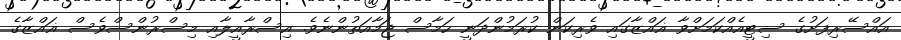
އައްސޭރިފަށުގެ ސިޓީއެއްކަމަށްވާ ޣައްޒާގައި ވެރިކަން ކުރަމުންދަނީ ހަމާސް ޖަމާއަތުންނެވެ. އިސްރާއީލާއި މިސްރުންސްވެސް ޣައްޒާގެ